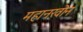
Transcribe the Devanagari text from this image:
महानखोन